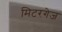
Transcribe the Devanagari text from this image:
मिटरगेज